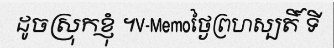
ដូចស្រុកខ្ញុំ ។V-Memoថ្ងៃព្រហស្បតិ៍ ទី